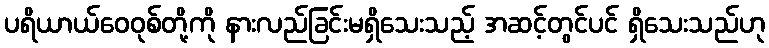
ပရိယာယ်ဝေဝုစ်တို့ကို နားလည်ခြင်းမရှိသေးသည့် အဆင့်တွင်ပင် ရှိသေးသည်ဟု